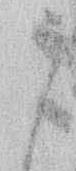
う